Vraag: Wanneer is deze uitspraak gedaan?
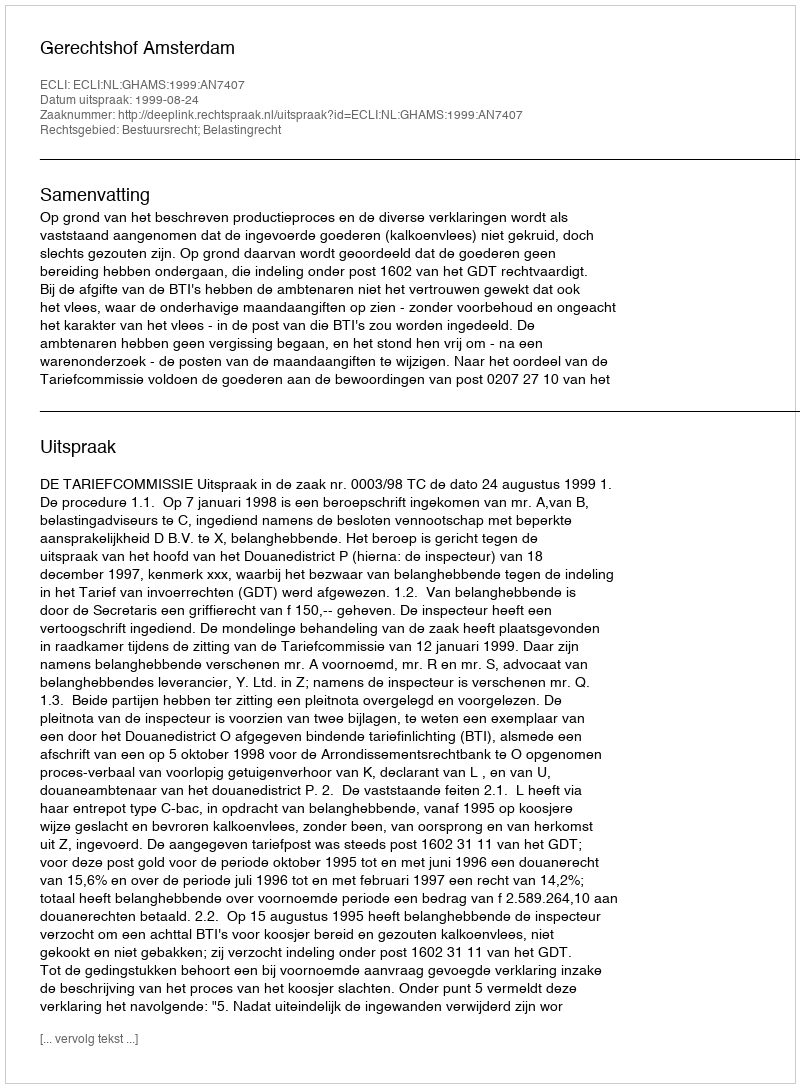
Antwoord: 1999-08-24